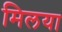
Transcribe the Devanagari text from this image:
मिलया